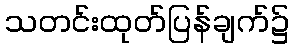
သတင်းထုတ်ပြန်ချက်၌